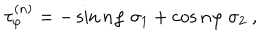
LaTeX: \tau _ { \varphi } ^ { ( n ) } = - \sin n \varphi \ \sigma _ { 1 } + \cos n \varphi \ \sigma _ { 2 } \ ,